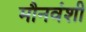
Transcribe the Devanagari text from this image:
मौनवंशी